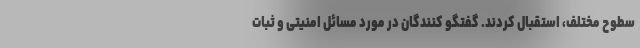
سطوح مختلف، استقبال کردند. گفتگو کنندگان در مورد مسائل امنیتی و ثبات